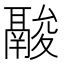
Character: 𩰽